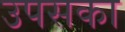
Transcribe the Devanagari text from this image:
उपसका